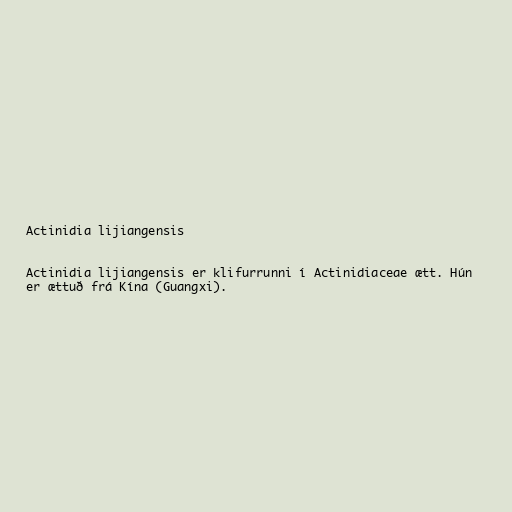
Actinidia lijiangensis

Actinidia lijiangensis er klifurrunni í Actinidiaceae ætt. Hún
er ættuð frá Kína (Guangxi).